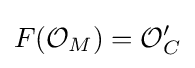
F({\mathcal {O}}_{M})={\mathcal {O}}'_{C}